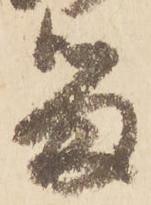
留